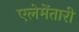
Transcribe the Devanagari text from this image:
एलेमेंतारी